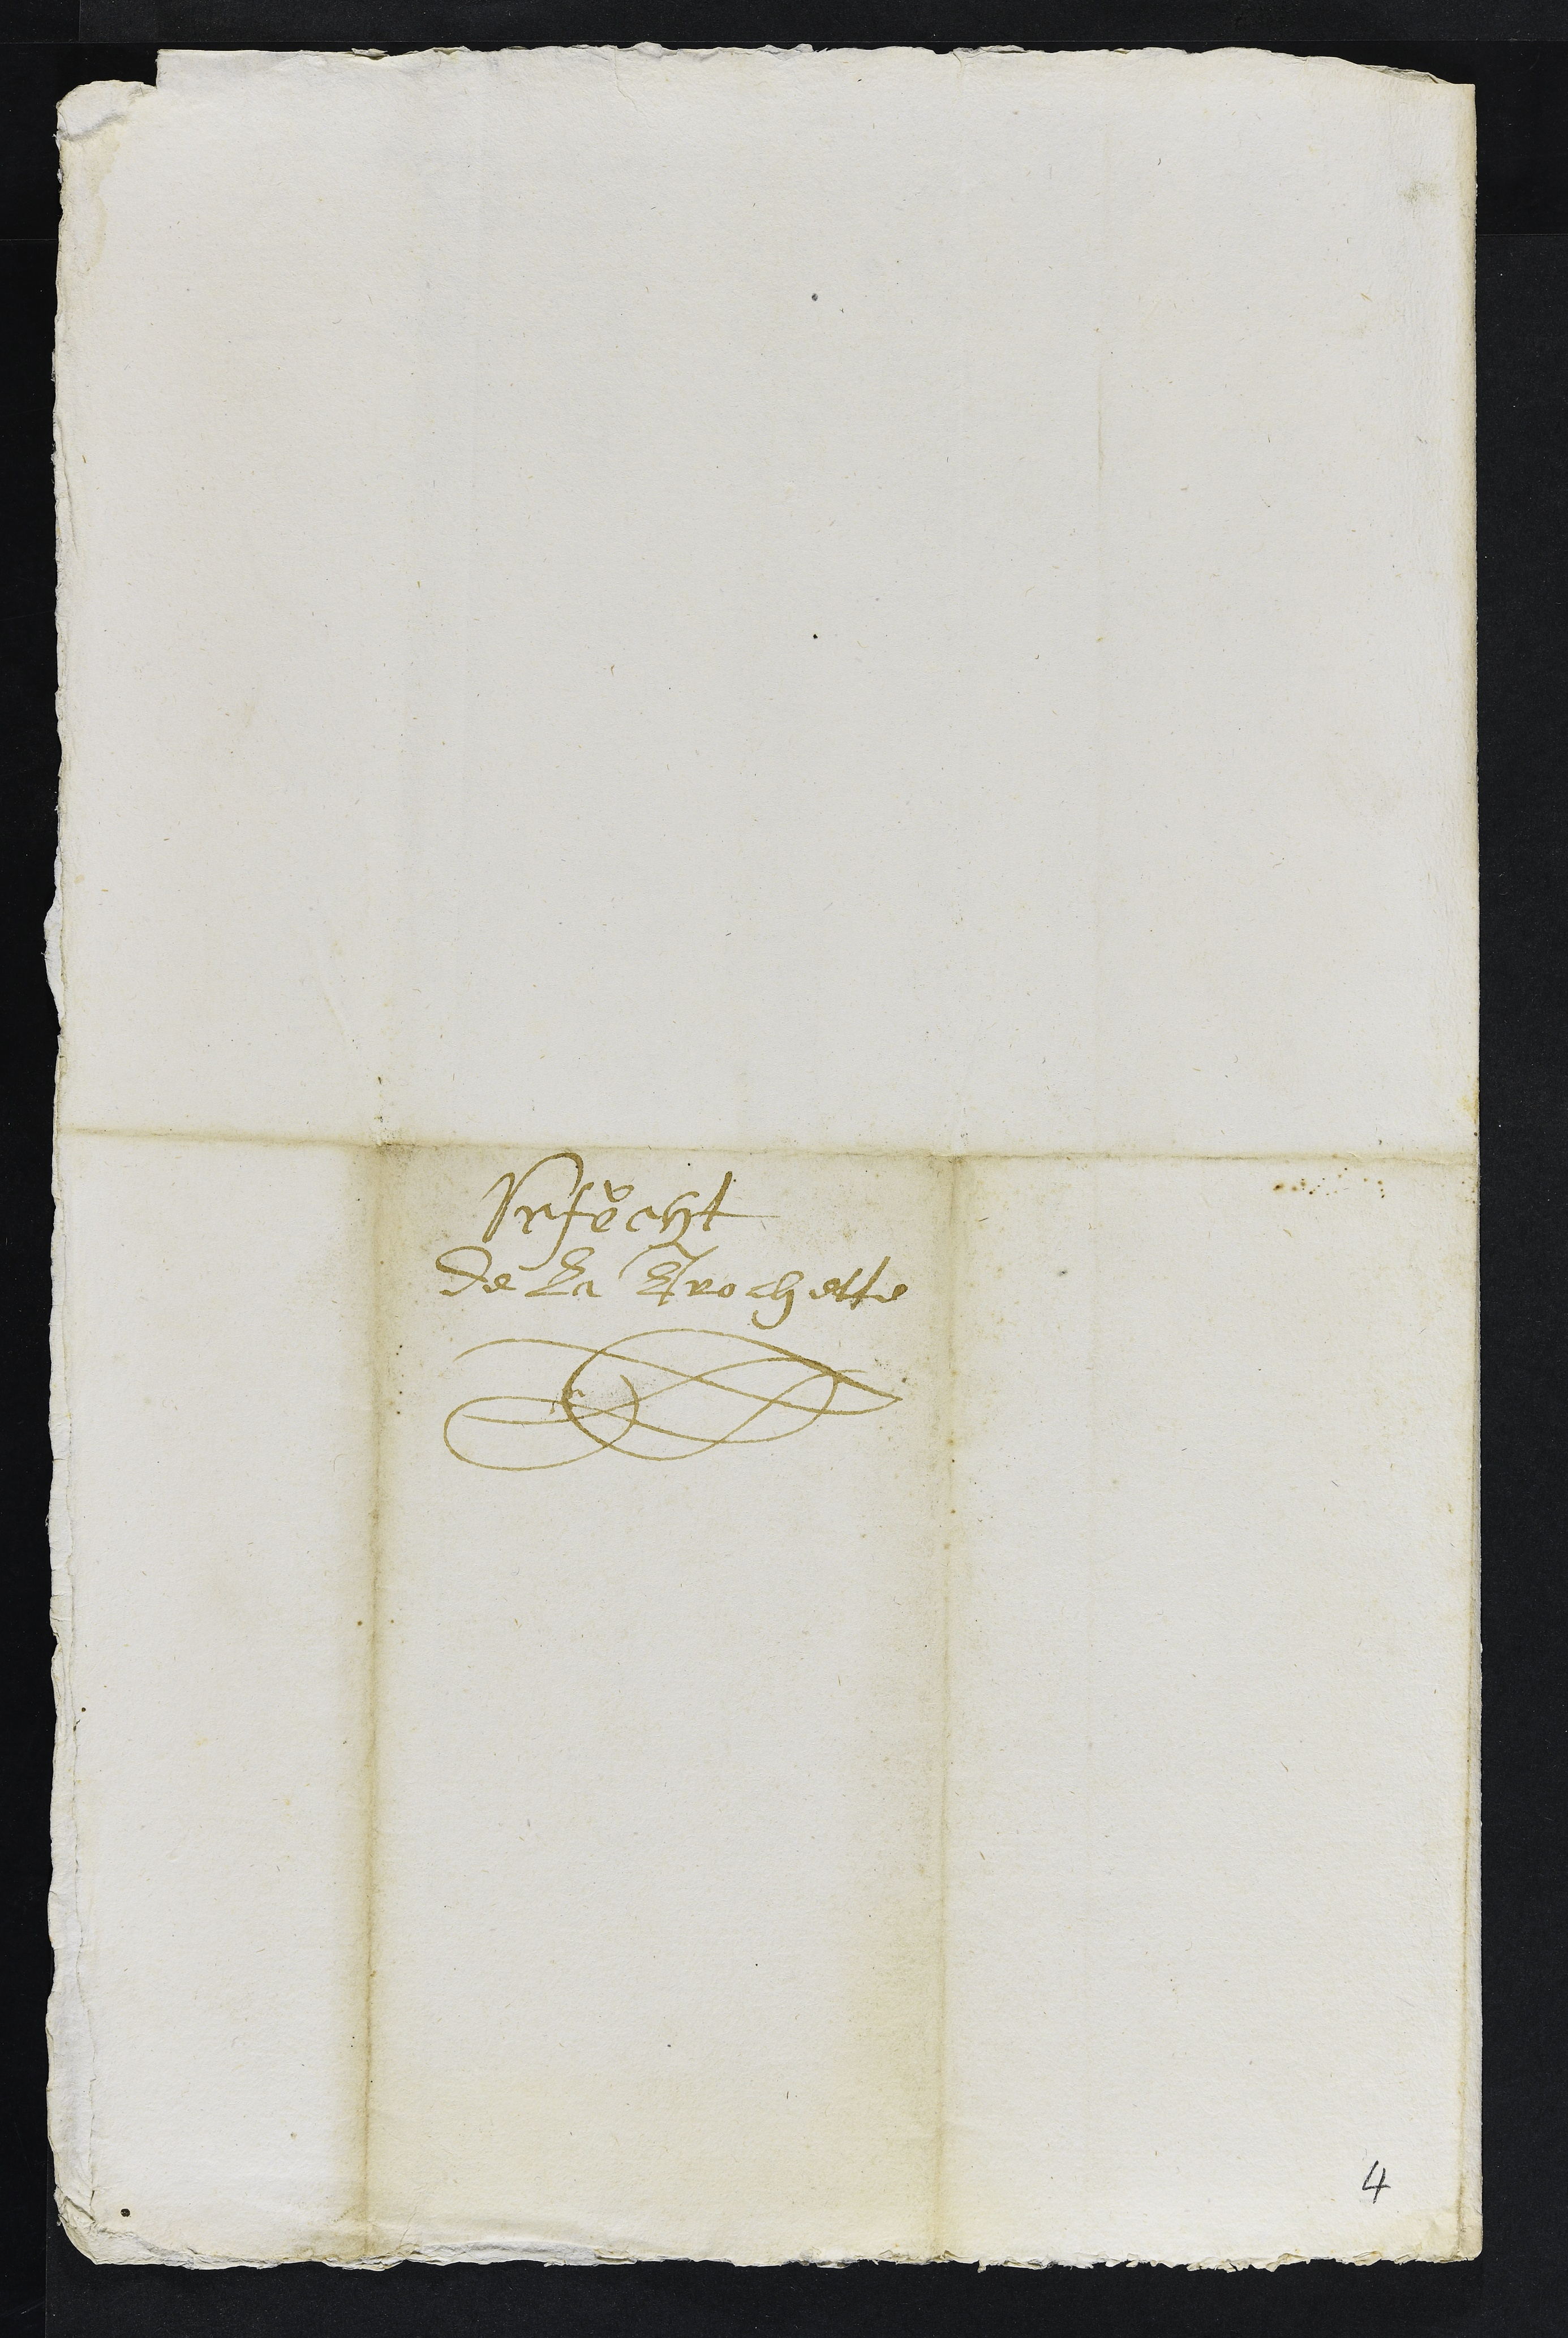
Vrfecht
de la Trochette
4